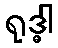
ရုဒ္ဓါ